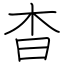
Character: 杳